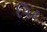
પિટ